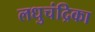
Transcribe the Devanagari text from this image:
लधुचंद्रिका